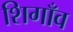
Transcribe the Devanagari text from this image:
शिगाँव